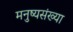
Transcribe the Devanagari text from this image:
मनुष्यसंख्या